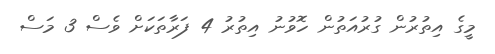
މީގެ އިތުރުން ގުރުއަތުން ހޮވުނު އިތުރު 4 ފަރާތަކަށް ވެސް 3 މަސް